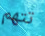
تتهم